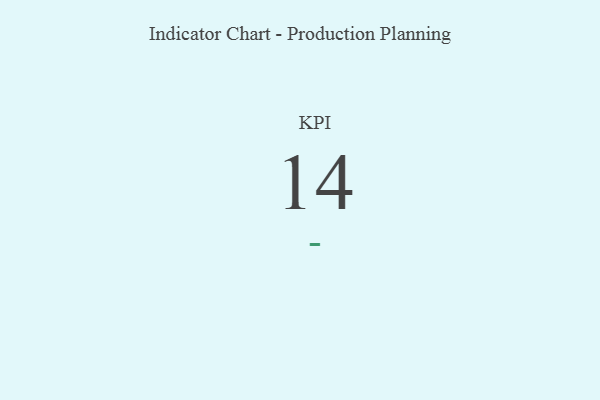
{"axis": {"x": "KPI", "y": "Value"}, "legend": [""], "data": [{"x": "KPI", "y": 14, "type": ""}]}